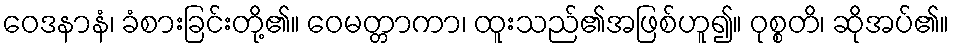
ဝေဒနာနံ၊ ခံစားခြင်းတို့၏။ ဝေမတ္တာကာ၊ ထူးသည်၏အဖြစ်ဟူ၍။ ဝုစ္စတိ၊ ဆိုအပ်၏။